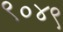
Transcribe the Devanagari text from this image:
९०४९